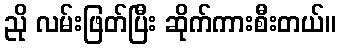
ညို လမ်းဖြတ်ပြီး ဆိုက်ကားစီးတယ်။